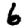
Digit: 6